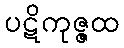
ပဋိကုဇ္ဇထ